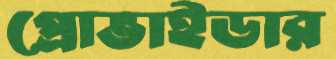
প্রোভাইডার